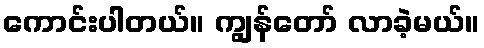
ကောင်းပါတယ်။ ကျွန်တော် လာခဲ့မယ်။